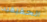
الحقيقيه